Sketch of the medical history of the native army of Bombay, for the year
Year: 1875
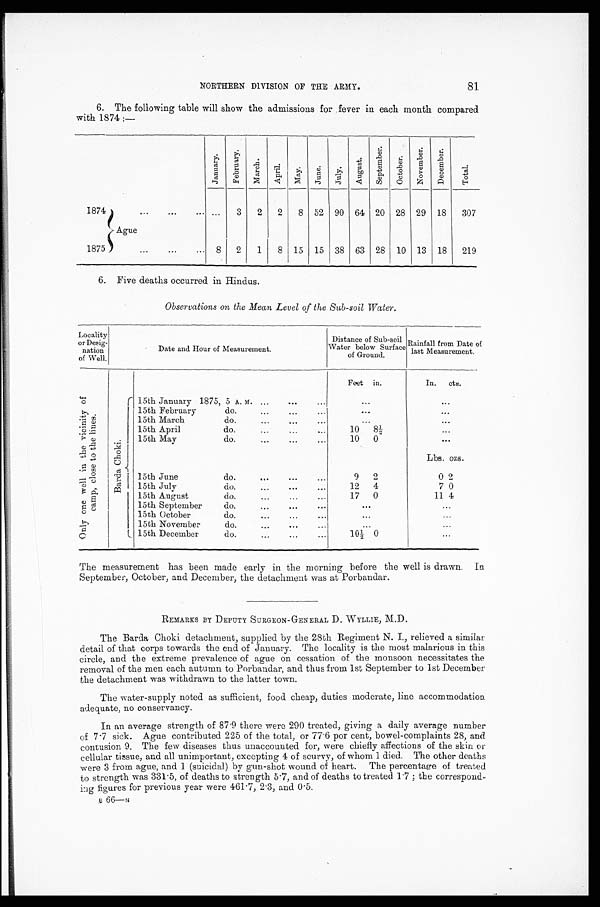
NORTHERN DIVISION OF THE ARMY.
81
6. The following table will show the admissions for fever in each month compared
with 1874:—
Januar y.
F e b r u a r y .
March.
Apr i l . May.
J u n e .
Jul y.
A u g u s t . S e p t e mb e r .
Oc t o b e r .
No v e mb e r .
De c e mb e r .
Total
1874
Ague
...
3
2
2
8 52 90 64 20 28 29 18
307
1875
8
2
1
8 15 15 38 63 28 10 13 18
219
6. Five deaths occurred in Hindus.
Observations on the Mean Level of the Sub-soil Water.
Locality
or Desig
-nation
of Well.
Date and Hour of Measurement.
Distance of Sub-soil
Water below Surface
of Ground.
Rainfall from Date of
last Measurement.
O n l y o n e w e l l i n t h e v i c i n i t y o f c a m p , c l o s e t o t h e l i n e s .
B a r d a C h o k i .
15th January 1875, 5 A. M.
Feet in.
...
In. cts.
...
15th February do.
...
...
15th March do.
...
...
15th April do.
1 0
8 ½
...
15th May do.
1 0
0
...
Lbs. ozs.
15th June do.
9
2
0 2
15th July do.
1 2
4
7 0
15th August do.
1 7
0
1 1 4
15th September
do.
...
...
15th October do.
...
...
15th November do.
...
...
15th December
do.
1 0 ½ 0
...
The measurement has been made early in the morning before the well is drawn. In
September, October, and December, the detachment was at Porbandar.
REMARKS BY DEPUTY SURGEON-GENERAL D. WYLLIE, M.D.
The Barda Choki detachment, supplied by the 28th Regiment N. I., relieved a similar
detail of that corps towards the end of January. The locality is the most malarious in this
circle, and the extreme prevalence of ague on cessation of the monsoon necessitates the
removal of the men each autumn to Porbandar, and thus from 1st September to 1st December
the detachment was withdrawn to the latter town.
The water-supply noted as sufficient, food cheap, duties moderate, line accommodation
adequate, no conservancy.
In an average strength of 87·9 there were 290 treated, giving a daily average number
of 7·7 sick. Ague contributed 225 of the total, or 77·6 per cent, bowel-complaints 28, and
contusion 9. The few diseases thus unaccounted for, were chiefly affections of the skin or
cellular tissue, and all unimportant, excepting 4 of scurvy, of whom 1 died. The other deaths
were 3 from ague, and 1 (suicidal) by gun-shot wound of heart. The percentage of treated
to strength was 331·5, of deaths to strength 5·7, and of deaths to treated 1·7; the correspond-
ing figures for previous year were 461·7, 2·3, and 0·5.
B 66— u